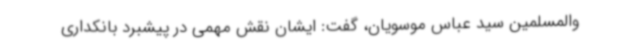
والمسلمین سید عباس موسویان، گفت: ایشان نقش مهمی در پیشبرد بانکداری